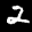
Label: 2